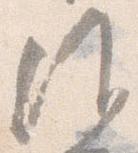
候